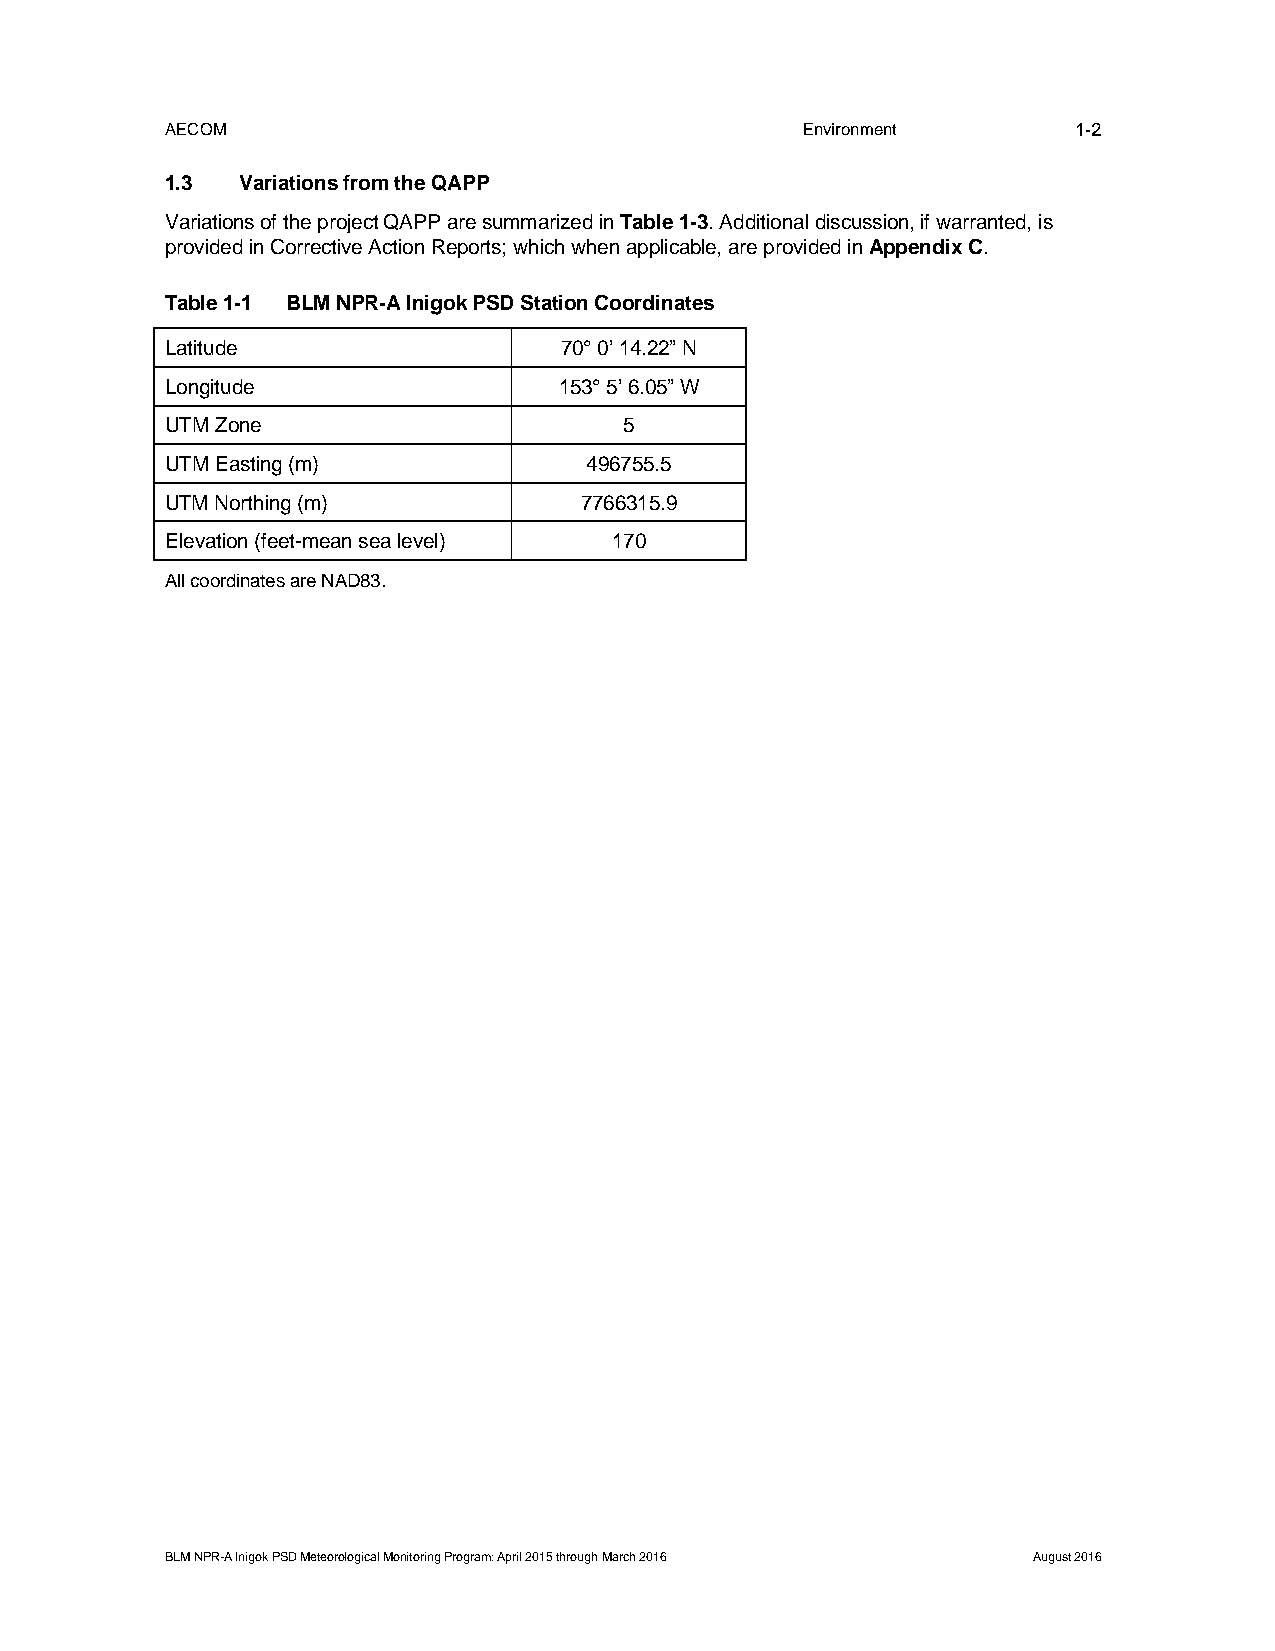
AECOM                                     Environment       1-2
 1.3  Variations from the QAPP
 Variations of the project QAPP are summarized in Table 1-3. Additional discussion, if warranted, is
 provided in Corrective Action Reports; which when applicable, are provided in Appendix C.
 Table 1-1 BLM NPR-A Inigok PSD Station Coordinates
 Latitude                  70° 0’ 14.22” N
 Longitude                 153° 5’ 6.05” W
 UTM Zone                      5
 UTM Easting (m)             496755.5
 UTM Northing (m)           7766315.9
 Elevation (feet-mean sea level) 170
 All coordinates are NAD83.
 BLM NPR-A Inigok PSD Meteorological Monitoring Program: April 2015 through March 2016 August 2016